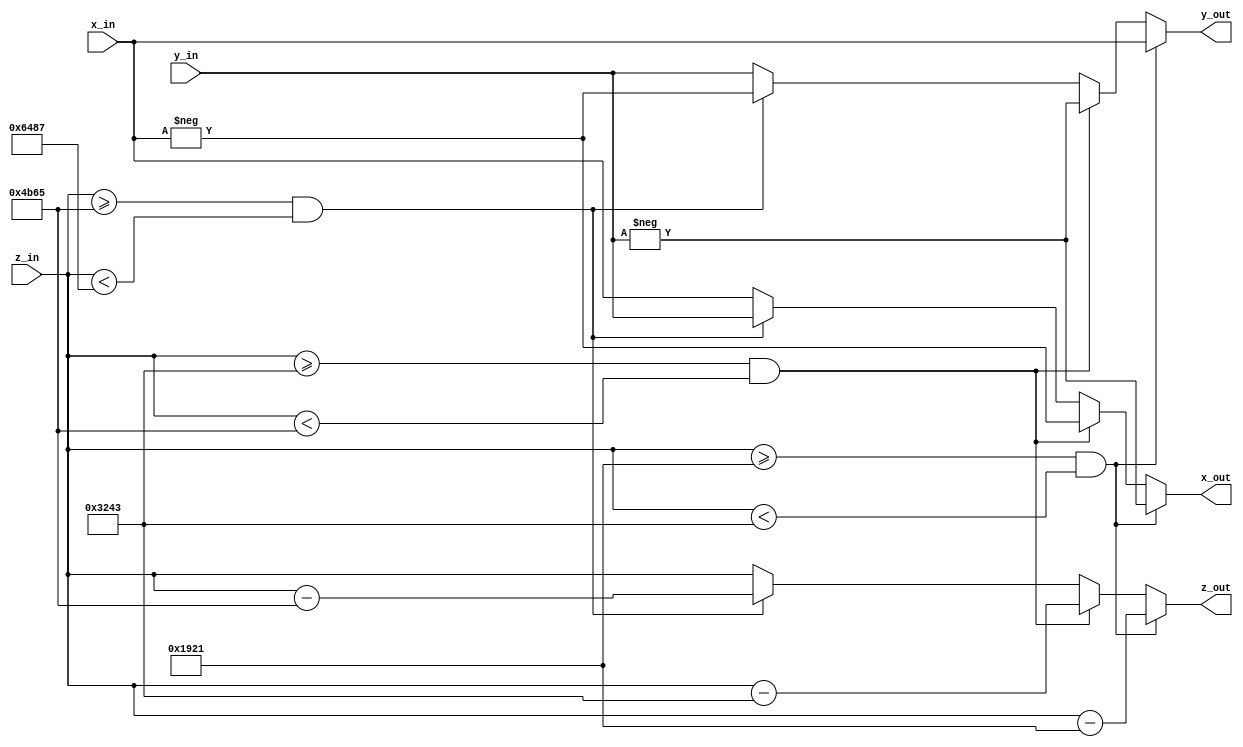
module vec_cordic_rot90
#(
  parameter WIDTH = 16,    // Counter width
  parameter WIDTH_WIRE =18 //Mo rong dau
)
(
  input signed [WIDTH_WIRE-1 : 0] x_in,
  input signed [WIDTH_WIRE-1 : 0] y_in,
  input signed	[WIDTH-1 : 0] 		 z_in,
  output reg      [WIDTH_WIRE-1 : 0] x_out,
  output reg      [WIDTH_WIRE-1 : 0] y_out,
  output	reg		[WIDTH-1 : 0] 		 z_out
);
  
  always @ (x_in or y_in or z_in)begin
		if((z_in >= 16'd6433) && (z_in<16'd12867)) begin //>=pi/2 va <pi
			x_out = -y_in;
			y_out = x_in;
			z_out = z_in - 16'd6433; //-pi/2
		end
		else if((z_in>=16'd12867) && (z_in<16'd19301))begin	//>=pi  &  <3*pi/2
			x_out = -x_in;
			y_out = -y_in;
			z_out = z_in - 16'd12867; //-pi
		end
		else if((z_in>=16'd19301) &&(z_in<16'd25735))begin	// >=3pi/2 & <2pi
			x_out = y_in;
			y_out = -x_in;
			z_out = z_in - 16'd19301; //-3pi/2
		end
		else begin
			x_out = x_in;
			y_out = y_in;
			z_out = z_in;
		end
  end
  
endmodule